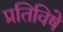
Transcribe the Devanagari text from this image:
प्रतिविषे